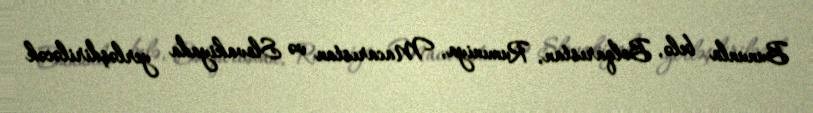
Bununla belə, Bolqarıstan, Rumıniya, Macarıstan və Slovakiyada yerləşdiriləcək